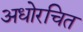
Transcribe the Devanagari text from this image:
अधोरचित